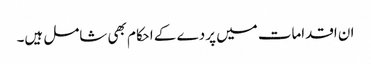
ان اقدامات میں پردے کے احکام بھی شامل ہیں۔